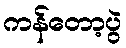
ကန်တော့ပွဲ